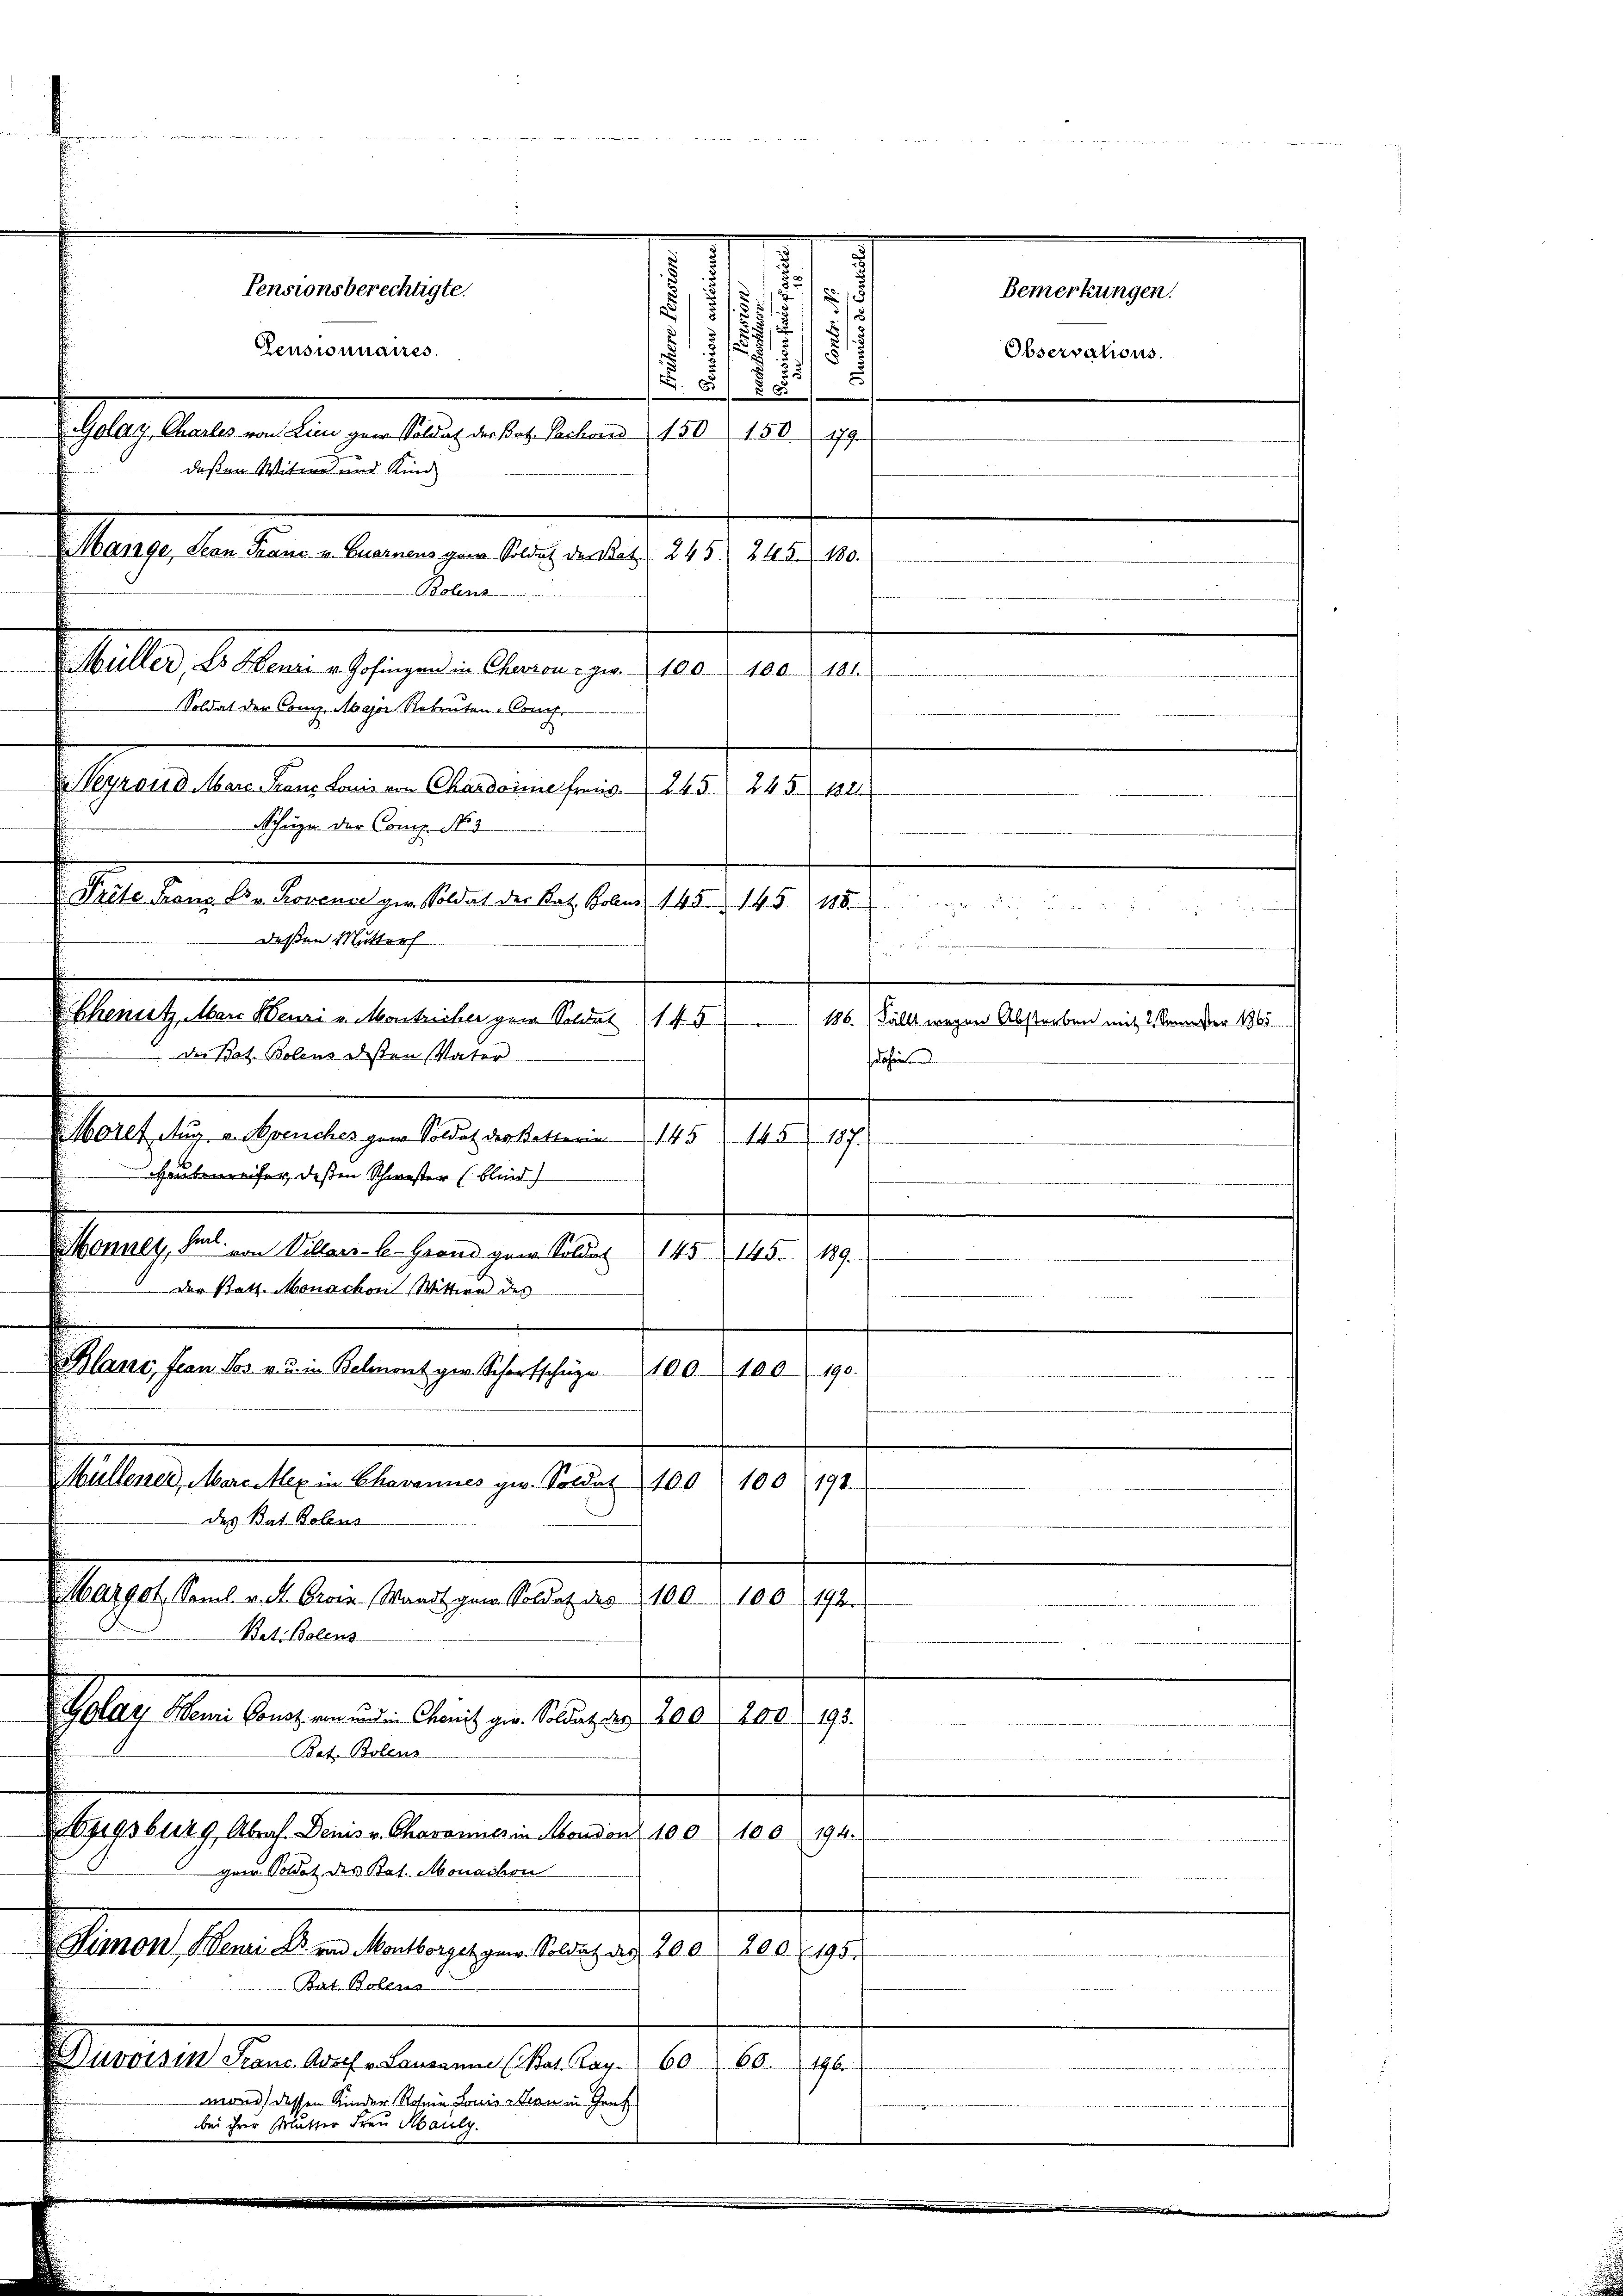
5
.
1
51
1
i
§. 5. 505
der Bat. Bolens dessen Vater
Wassetze heutigen den altenen 19. d. 10. 19.
Haubenreifer, deßen Schwester (blind)
.
Monney, hat von Villars-C.-Grand gew. Soldat 145. 145. 189
1 der Statt. Monachon Wittwe des
n
Blanc, franz Jos. zu in Belement gew. Scharfschüge
100. 100190.
Gallen, den sein Gemeinen gestanden 10.
20
192.
des Bat. Polens
Margot, Saml. v. M. Groin Waadt gew. Soldat des 100. 100. 192.
Rat. Bolens
Galle den Augen in Ausgelange 180. 10. pr.
Bat. Bolens
4193b129, Abrah. Denis v. Charannes in Mondon 100. 10. 194.
Herr Soldat der Rat. Monarchon
Manes Aber den Vertragegen beni d. 10. 1808. 9.
Bat. Bolens
Ausein dem Aufhebenen Gehaltern 60. 10.
monis dessen Kinder Rohne Louis in in Genf
bei ihrer Plutter Frau Mauly.

Aegeteilen eingen belegenheiten hat. 10. 19.
deßen Witwe und Kinde
euche die eine Bennenen auch aber als 10. Jun

Bolens
Stelle des an es sagen. Obern zu 10. 180. 191.
Soldat der Comp. Major Rekruten-Comp.
Veyrois d Marc. Franz Louis von Chardoine frais. 245. 245. 1821
Schüzen der Comp. No 3
deßen Mutter
Abenthalten benen den erlangen den 1910.

Pensionsberechtigte.
Pensionnaires.

Pladen, bekann ebenen aus den 111 15. 10 . . . . . . . . . .
. . . .
126. Fällt wegen Abstorben mit 2 Semester 1905.
dohin

Bemerkungen.
Observations.